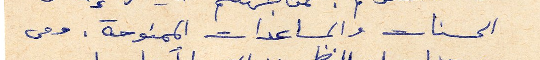
الحسنات والمساعدات الممنوحة. ومن